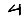
Digit: 4